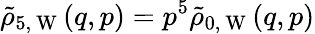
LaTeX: \tilde{\rho}_{5,\mathrm{~W~}}(q,p)=p^{5}\tilde{\rho}_{0,\mathrm{~W~}}(q,p)